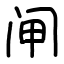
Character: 闸